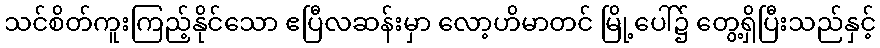
သင်စိတ်ကူးကြည့်နိုင်သော ဧပြီလဆန်းမှာ လော့ဟိမာတင် မြို့ပေါ်၌ တွေ့ရှိပြီးသည်နှင့်